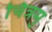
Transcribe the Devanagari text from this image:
चित्रमु